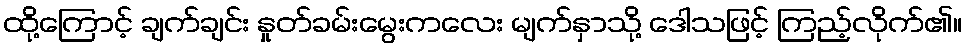
ထို့ကြောင့် ချက်ချင်း နှုတ်ခမ်းမွေးကလေး မျက်နှာသို့ ဒေါသဖြင့် ကြည့်လိုက်၏။